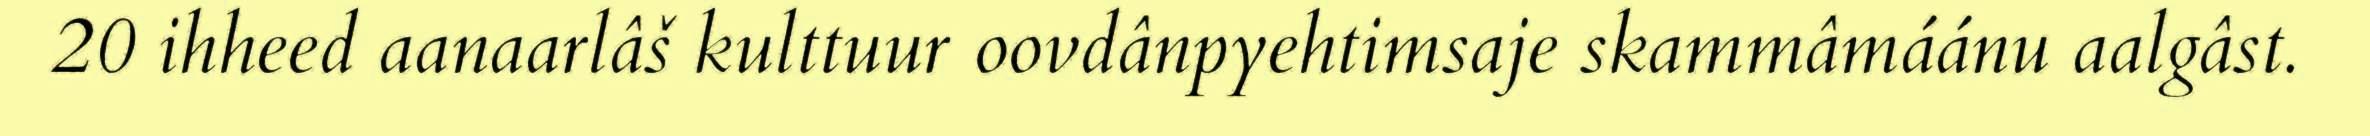
20 ihheed aanaarlâš kulttuur oovdânpyehtimsaje skammâmáánu aalgâst.